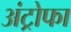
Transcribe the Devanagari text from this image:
अंट्रोफा